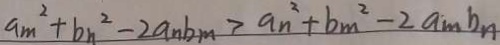
a _ { m } ^ { 2 } + b _ { n } ^ { 2 } - 2 a _ { n } b _ { m } > a _ { n } ^ { 2 } + b _ { m } ^ { 2 } - 2 a _ { m } b _ { n }